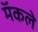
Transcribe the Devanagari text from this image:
मॅकले